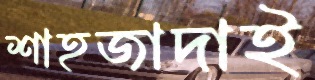
শাহজাদাই